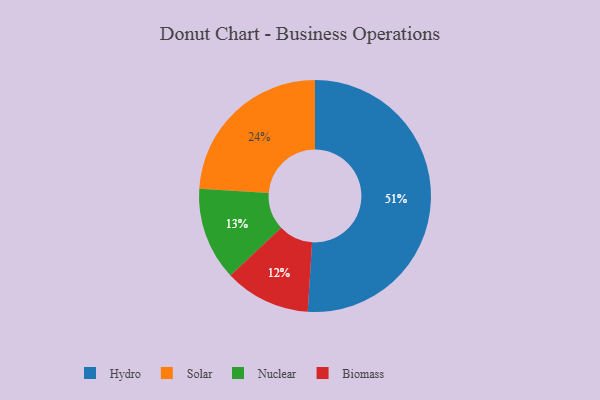
{"axis": {"x": "Category", "y": "Percentage"}, "legend": ["Biomass", "Hydro", "Nuclear", "Solar"], "data": [{"x": "Nuclear", "y": 13, "type": "Nuclear"}, {"x": "Biomass", "y": 12, "type": "Biomass"}, {"x": "Hydro", "y": 51, "type": "Hydro"}, {"x": "Solar", "y": 24, "type": "Solar"}]}